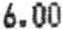
6.00